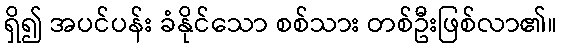
ရှိ၍ အပင်ပန်း ခံနိုင်သော စစ်သား တစ်ဦးဖြစ်လာ၏။